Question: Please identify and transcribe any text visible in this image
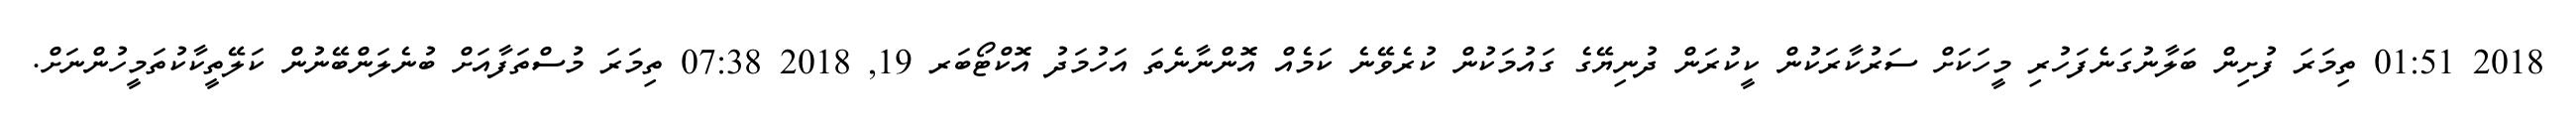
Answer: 2018 01:51 ތިމަރަ ފުށިން ބަލާނުގަނެފަހުރި މީހަކަށް ސަރުކާރަކުން ކީކުރަން ދުނިޔޭގެ ގައުމަކުން ކުރެވޭނެ ކަމެއް އޮންނާނެތަ އަހުމަދު އޮކްޓޯބަރ 19, 2018 07:38 ތިމަރަ މުސްތަފާއަށް ބުނެލަންބޭނުން ކަލޭތީކާކުތަމީހުންނަށް.